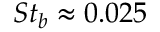
S t _ { b } \approx 0 . 0 2 5